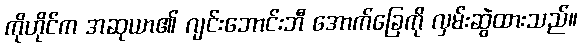
ကိုဟိုင်က အဆုယာ၏ ဂျင်းဘောင်းဘီ အောက်ခြေကို လှမ်းဆွဲထားသည်။